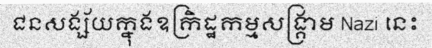
ជនសង្ស័យក្នុងឧក្រិដ្ឋកម្មសង្គ្រាម Nazi នេះ